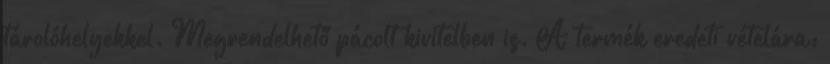
tárolóhelyekkel. Megrendelhető pácolt kivitelben is. A termék eredeti vételára: